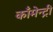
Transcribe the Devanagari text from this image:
काँमेन्ट्री